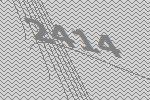
2414